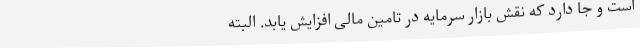
است و جا دارد که نقش بازار سرمایه در تامین مالی افزایش یابد. البته